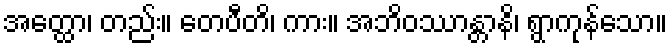
အတ္ထော၊ တည်း။ တေပီတိ၊ ကား။ အဘိဝဿာန္တာနိ၊ ရွာကုန်သော။